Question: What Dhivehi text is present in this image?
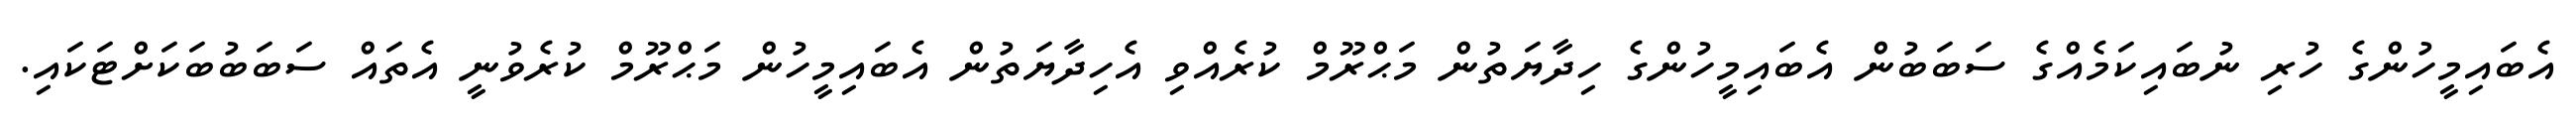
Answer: އެބައިމީހުންގެ ހުރި ނުބައިކަމެއްގެ ސަބަބުން އެބައިމީހުންގެ ހިދާޔަތުން މަޙްރޫމް ކުރެއްވި އެހިދާޔަތުން އެބައިމީހުން މަޙްރޫމް ކުރެވުނީ އެތައް ސަބަބުބަކަށްޓަކައި.